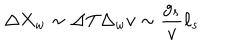
\Delta X _ { w } \sim \Delta T \Delta _ { w } v \sim { \frac { g _ { s } } { v } } \ell _ { s }